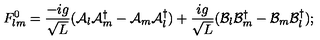
F _ { l m } ^ { 0 } = \frac { - i g } { \sqrt { L } } ( { \cal A } _ { l } { \cal A } _ { m } ^ { \dagger } - { \cal A } _ { m } { \cal A } _ { l } ^ { \dagger } ) + \frac { i g } { \sqrt { L } } ( { \cal B } _ { l } { \cal B } _ { m } ^ { \dagger } - { \cal B } _ { m } { \cal B } _ { l } ^ { \dagger } ) ;